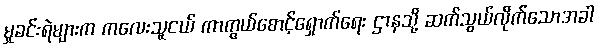
မှုခင်းရဲများက ကလေးသူငယ် ကာကွယ်စောင့်ရှောက်ရေး ဌာနသို့ ဆက်သွယ်လိုက်သောအခါ